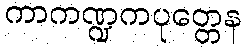
ကာကဏ္ဍကပုတ္တေန